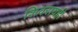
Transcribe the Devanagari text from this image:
शिवरायही